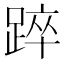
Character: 踤